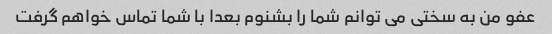
عفو من به سختی می توانم شما را بشنوم بعدا با شما تماس خواهم گرفت